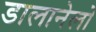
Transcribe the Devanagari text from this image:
डालानेलो